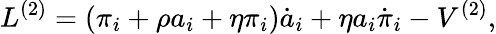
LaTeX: L^{(2)}=(\pi_{i}+\rho a_{i}+\eta\pi_{i})\dot{a}_{i}+\eta a_{i}\dot{\pi}_{i}-V^{(2)},